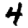
Digit: 4